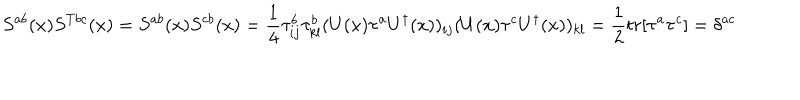
S ^ { a b } ( x ) S ^ { T b c } ( x ) = S ^ { a b } ( x ) S ^ { c b } ( x ) = \frac { 1 } { 4 } \tau _ { i j } ^ { b } \tau _ { k l } ^ { b } ( U ( x ) \tau ^ { a } U ^ { \dagger } ( x ) ) _ { i j } ( U ( x ) \tau ^ { c } U ^ { \dagger } ( x ) ) _ { k l } = \frac { 1 } { 2 } t r [ \tau ^ { a } \tau ^ { c } ] = \delta ^ { a c }